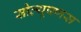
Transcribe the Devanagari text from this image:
सोल्यूषणस